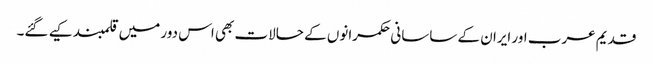
قدیم عرب اور ایران کے ساسانی حکمرانوں کے حالات بھی اس دور میں قلمبند کیے گئے۔